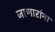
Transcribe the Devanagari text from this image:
जाणारांना